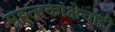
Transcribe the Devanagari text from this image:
महत्वकांक्षेचाही